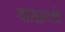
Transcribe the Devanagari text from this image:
वाहायचे